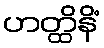
ဟတ္ထိနိံ